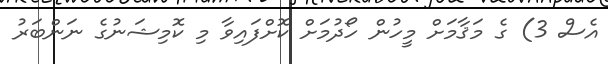
އެސް 3) ގެ މަޤާމަށް މީހުން ހޯދުމަށް ކޮށްފައިވާ މި ކޮމިޝަނުގެ ނަންބަރު